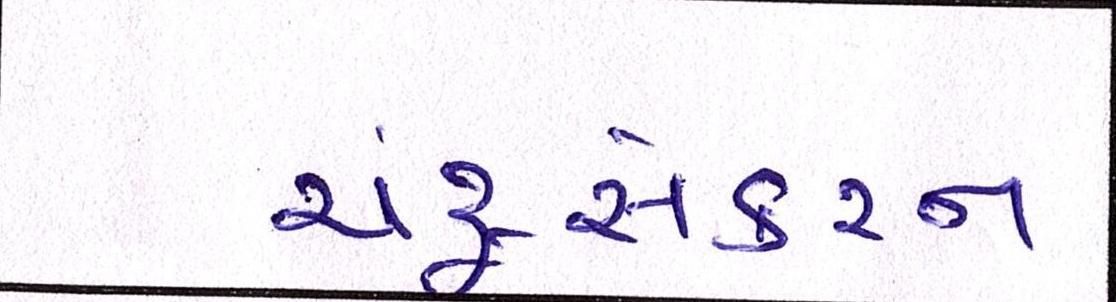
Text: ચંદ્રસેકરન